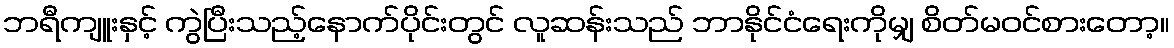
ဘရီကျူးနှင့် ကွဲပြီးသည့်နောက်ပိုင်းတွင် လူဆန်းသည် ဘာနိုင်ငံရေးကိုမျှ စိတ်မဝင်စားတော့။